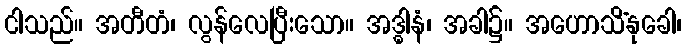
ငါသည်။ အတီတံ၊ လွန်လေပြီးသော။ အဒ္ဓါနံ၊ အခါ၌။ အဟောသိံနုခေါ၊